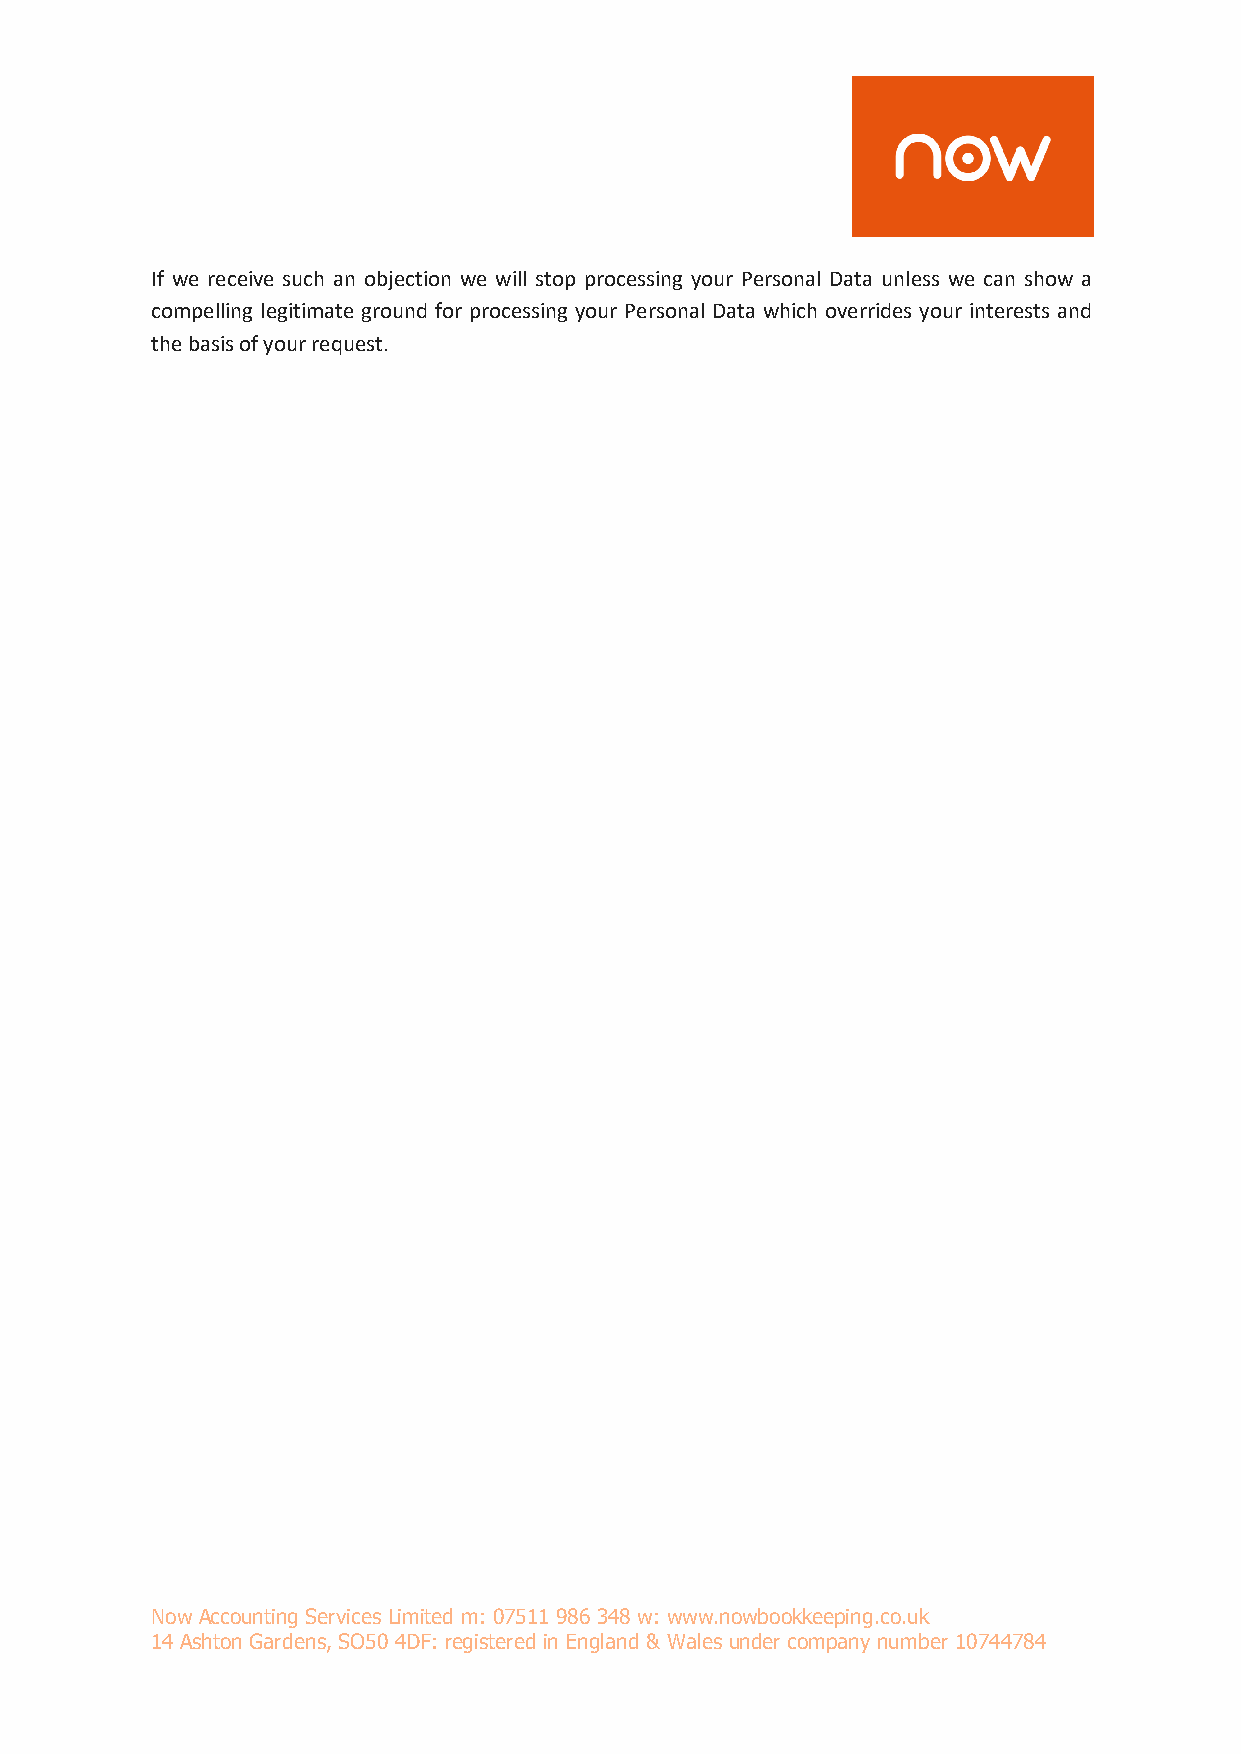
If we receive such an objection we will stop processing your Personal Data unless we can show a
 compelling legitimate ground for processing your Personal Data which overrides your interests and
 the basis of your request.
 Now Accounting Services Limited m: 07511 986 348 w: www.nowbookkeeping.co.uk
 14 Ashton Gardens, SO50 4DF: registered in England & Wales under company number 10744784